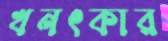
খনৎকার